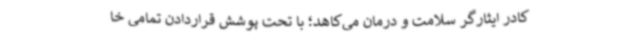
کادر ایثارگر سلامت و درمان می‌کاهد؛ با تحت پوشش قراردادن تمامی خا